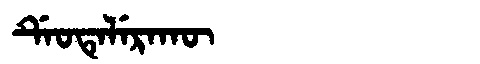
Manchu: ᡩᡝᠣᡨᡝᠯᡝᡵᠠᡴᡡ
Romanization: DEOTELERAKŪ